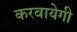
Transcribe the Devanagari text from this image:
करवायेगी